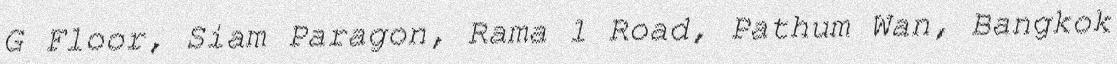
G Floor, Siam Paragon, Rama 1 Road, Pathum Wan, Bangkok